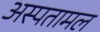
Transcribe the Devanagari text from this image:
अस्पतामल